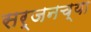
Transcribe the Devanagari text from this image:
सर्जनच्या